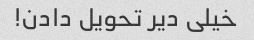
خیلی دیر تحویل دادن!